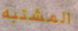
المشتبه